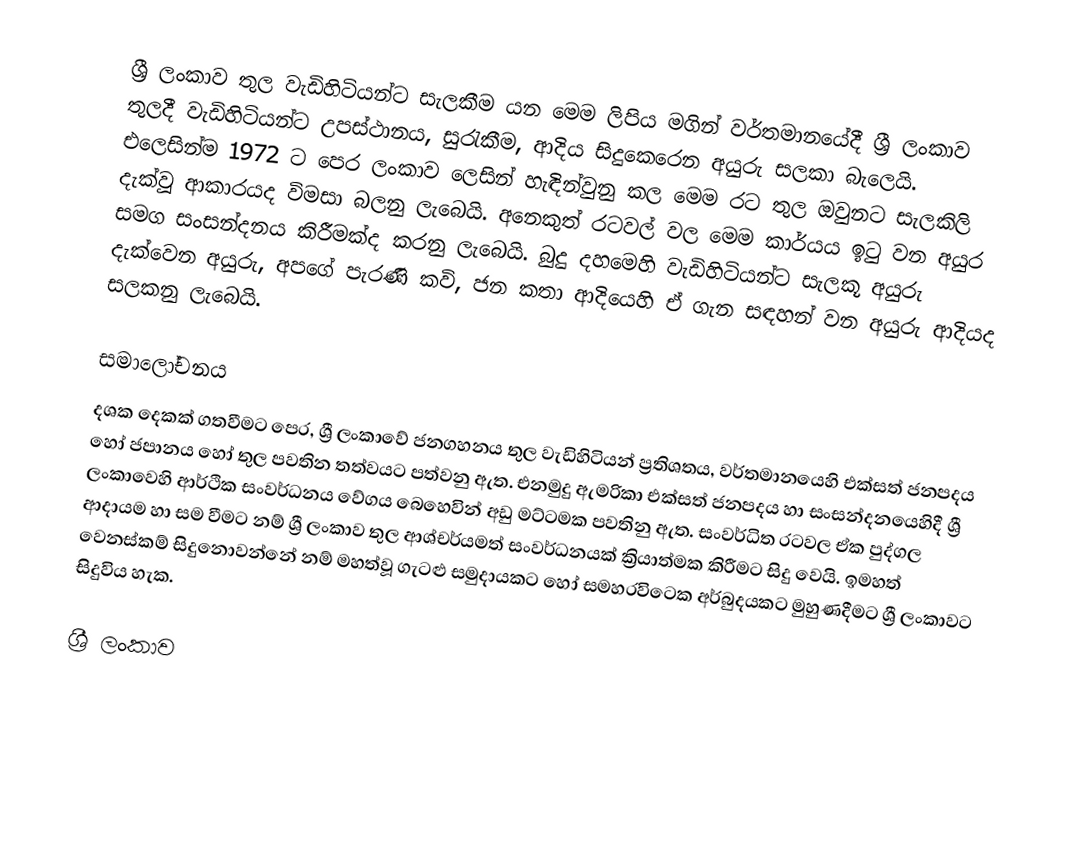
ශ්‍රී ලංකාව තුල වැඩිහිටියන්ට සැලකීම යන මෙම ලිපිය මගින් වර්තමානයේදී ශ්‍රී ලංකාව තුලදී වැඩිහිටියන්ට උපස්ථානය, සුරැකීම, ආදිය සිදුකෙරෙන අයුරු සලකා බැලෙයි. එලෙසින්ම 1972 ට පෙර ලංකාව ලෙසින් හැඳින්වුනු කල මෙම රට තුල ඔවුනට සැලකිලි දැක්වූ ආකාරයද විමසා බලනු ලැබෙයි. අනෙකුත් රටවල් වල මෙම කාර්යය ඉටු වන අයුර සමග සංසන්දනය කිරීමක්ද කරනු ලැබෙයි. බුදු දහමෙහි වැඩිහිටියන්ට සැලකූ අයුරු දැක්වෙන අයුරු, අපගේ පැරණි කවි, ජන කතා ආදියෙහි ඒ ගැන සඳහන් වන අයුරු ආදියද සලකනු ලැබෙයි.

සමාලෝචනය
දශක දෙකක් ගතවීමට පෙර,  ශ්‍රී ලංකාවේ ජනගහනය තුල වැඩිහිටියන් ප්‍රතිශතය, වර්තමානයෙහි එක්සත් ජනපදය හෝ ජපානය හෝ තුල පවතින තත්වයට පත්වනු ඇත. එනමුදු ඇමරිකා එක්සත් ජනපදය හා සංසන්දනයෙහිදී ශ්‍රී ලංකාවෙහි ආර්ථික සංවර්ධනය වේගය බෙහෙවින් අඩු මට්ටමක පවතිනු ඇත. සංවර්ධිත රටවල ඒක පුද්ගල ආදායම හා සම වීමට නම් ශ්‍රී ලංකාව තුල ආශ්චර්යමත් සංවර්ධනයක් ක්‍රියාත්මක කිරීමට සිදු වෙයි. ඉමහත් වෙනස්කම් සිදුනොවන්නේ නම් මහත්වූ ගැටළු සමුදායකට හෝ සමහරවිටෙක අර්බුදයකට මුහුණදීමට ශ්‍රී ලංකාවට සිදුවිය හැක.

ශ්‍රී ලංකාව